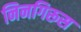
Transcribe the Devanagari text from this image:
निनगिरूस